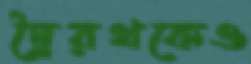
দ্বৈরথকেও